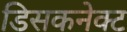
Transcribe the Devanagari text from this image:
डिसकनेक्ट